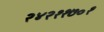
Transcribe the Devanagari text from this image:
२४२११७०१